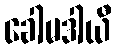
ခေါမဒါယီ